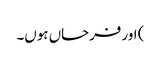
) اور فرحاں ہوں۔